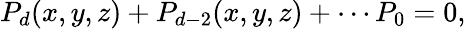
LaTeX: P_{d}(x,y,z)+P_{d-2}(x,y,z)+\cdots P_{0}=0,